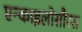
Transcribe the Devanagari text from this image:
एन्काइलोसौरस